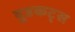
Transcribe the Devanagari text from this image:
वुडकट्स